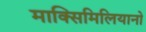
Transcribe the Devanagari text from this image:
माक्सिमिलियानो